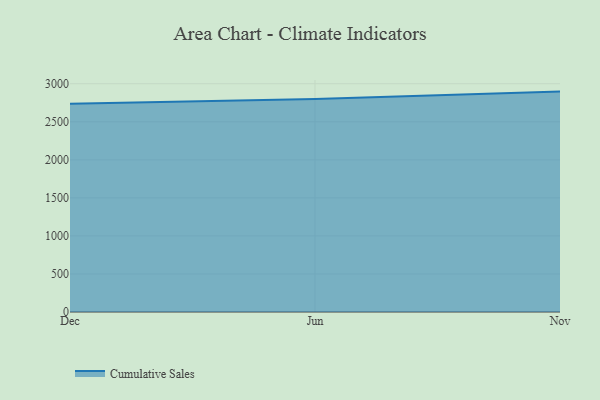
{"axis": {"x": "Month", "y": "Headcount"}, "legend": ["Cumulative Sales"], "data": [{"x": "Dec", "y": 2737.5, "type": "Cumulative Sales"}, {"x": "Jun", "y": 2799.9, "type": "Cumulative Sales"}, {"x": "Nov", "y": 2896.8, "type": "Cumulative Sales"}]}